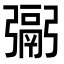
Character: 䰜